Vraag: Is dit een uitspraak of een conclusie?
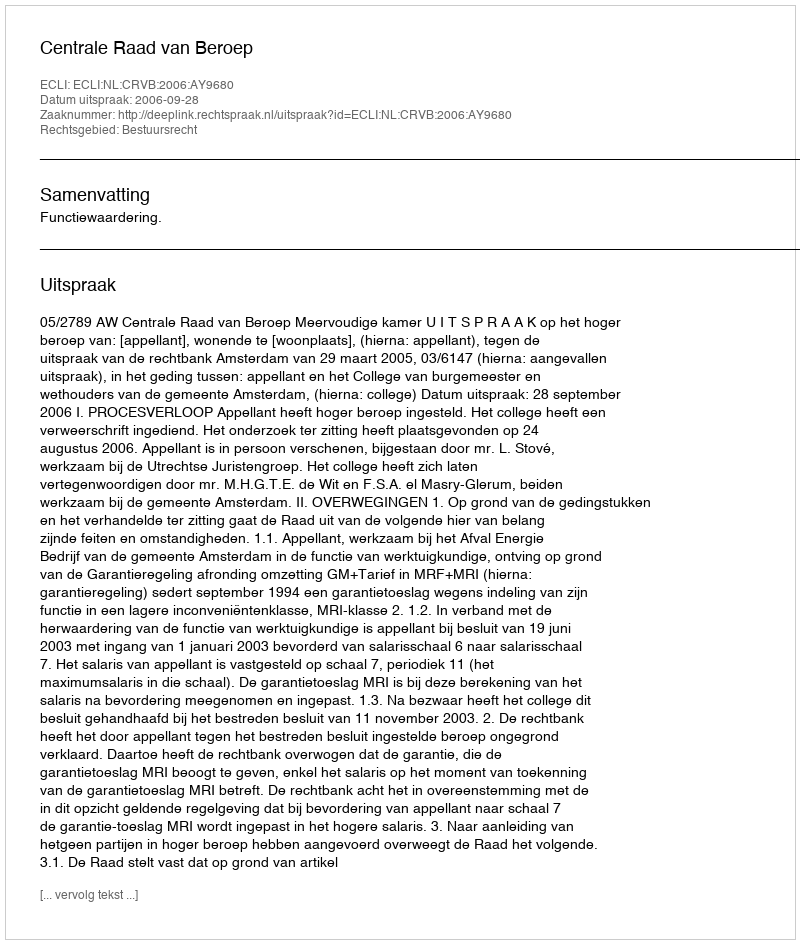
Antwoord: Uitspraak